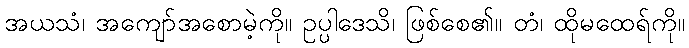
အယသံ၊ အကျော်အစောမဲ့ကို။ ဥပ္ပါဒေသိ၊ ဖြစ်စေ၏။ တံ၊ ထိုမထေရ်ကို။